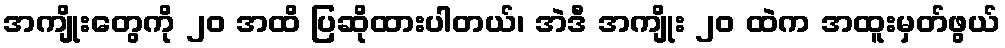
အကျိုးတွေကို ၂၀ အထိ ပြဆိုထားပါတယ်၊ အဲဒီ အကျိုး ၂၀ ထဲက အထူးမှတ်ဖွယ်